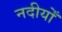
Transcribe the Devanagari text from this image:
नदीयोँ